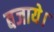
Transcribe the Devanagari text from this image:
बजाये।